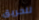
للحريق